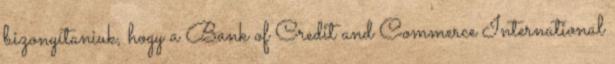
bizonyítaniuk, hogy a Bank of Credit and Commerce International